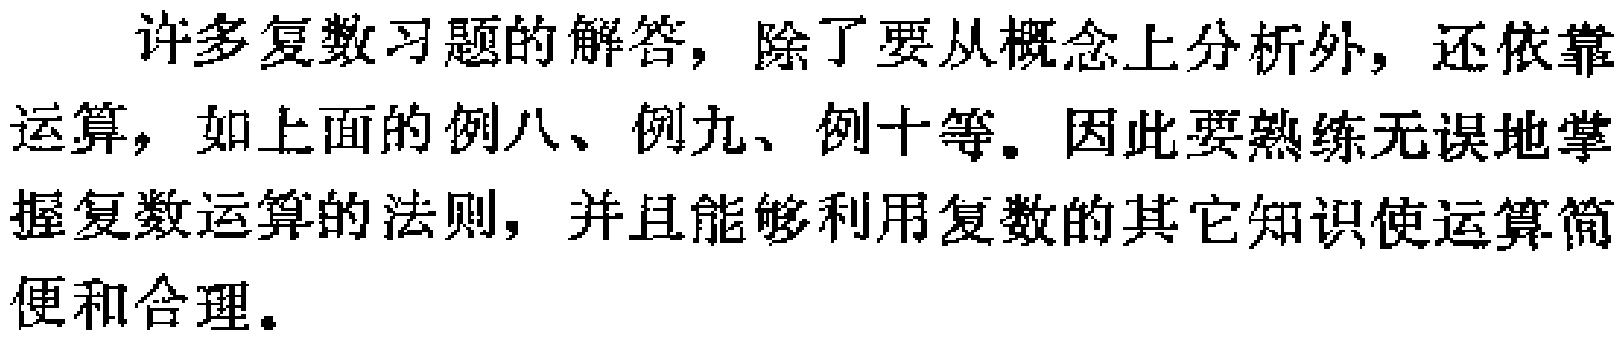
许多复数习题的解答，除了要从概念上分析外，还依靠运算，如上面的例八、例九、例十等。因此要熟练无误地掌握复数运算的法则，并且能够利用复数的其它知识使运算简便和合理。